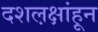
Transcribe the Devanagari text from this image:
दशल़क्षांहून